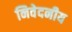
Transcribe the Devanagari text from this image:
निवेदनीय